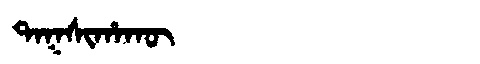
Manchu: ᡨᠠᡴᠰᡳᡥᠠᡴᡡ
Romanization: TAKSIHAKŪ